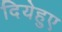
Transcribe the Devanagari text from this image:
दियेहुए